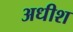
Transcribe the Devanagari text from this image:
अधीश